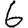
Digit: 6